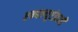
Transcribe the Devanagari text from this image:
एन्फ्ल्यूएंझाची